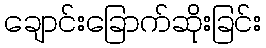
ချောင်းခြောက်ဆိုးခြင်း